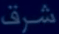
شرق